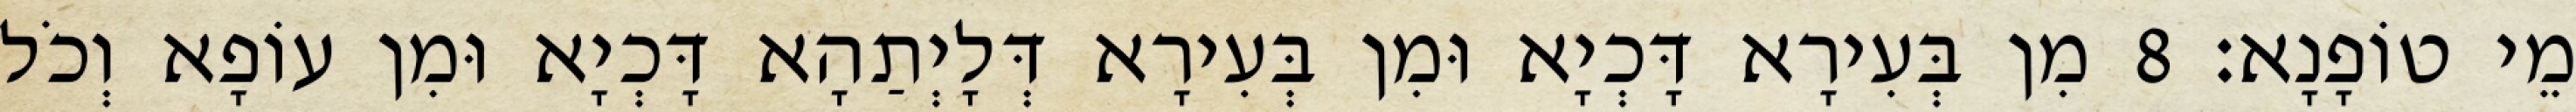
מֵי טוֹפָנָא׃ 8 מִן בְּעִירָא דָּכְיָא וּמִן בְּעִירָא דְּלָיְתַהָא דָּכְיָא וּמִן עוֹפָא וְכֹל